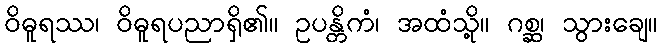
ဝိဓူရဿ၊ ဝိဓူရပညာရှိ၏။ ဥပန္တိကံ၊ အထံသို့။ ဂစ္ဆ၊ သွားချေ။